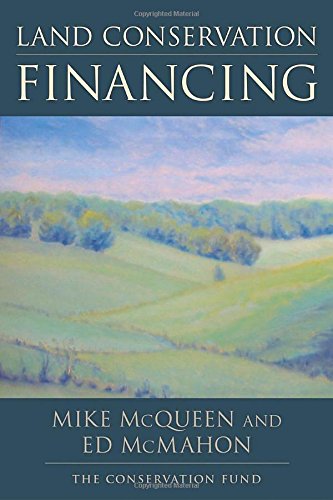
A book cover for Land Conservation Financing; Mike McQueen; Law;